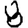
Digit: 8